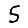
Digit: 5